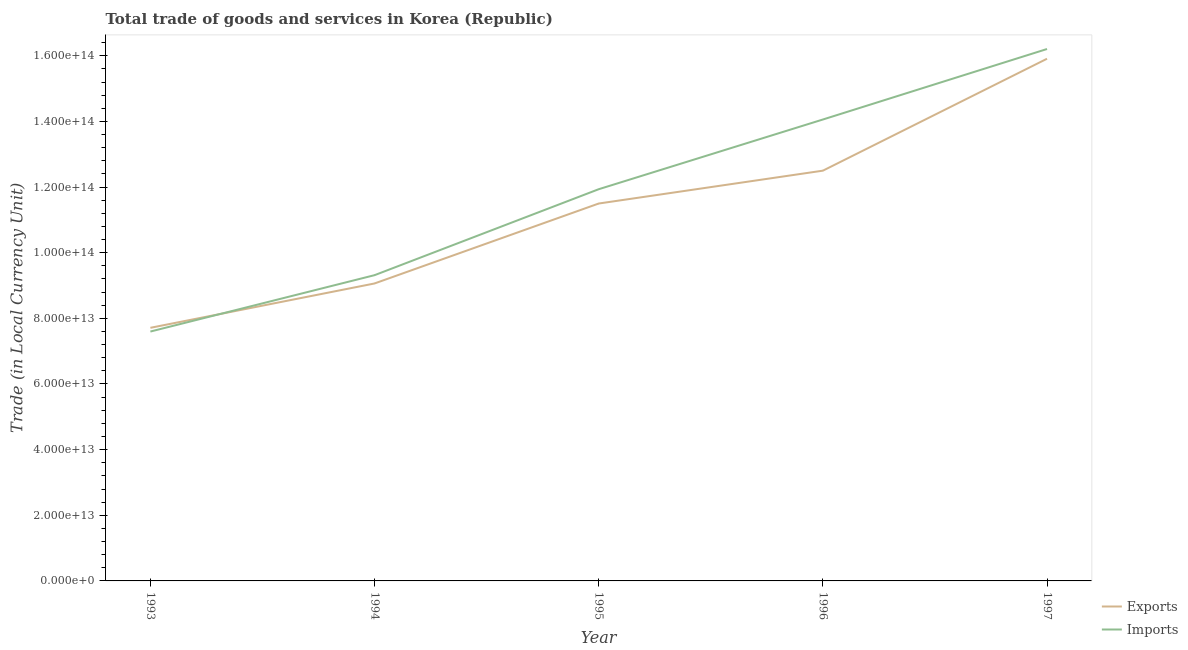
| Year | Exports | Imports |
 | --- | --- | --- |
 | 1993 | 7.71e+13 | 7.6e+13 |
 | 1994 | 9.06e+13 | 9.31e+13 |
 | 1995 | 1.15e+14 | 1.19e+14 |
 | 1996 | 1.25e+14 | 1.41e+14 |
 | 1997 | 1.59e+14 | 1.62e+14 |